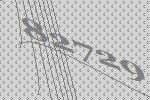
82729